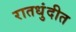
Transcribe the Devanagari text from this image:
रातधुंदीत